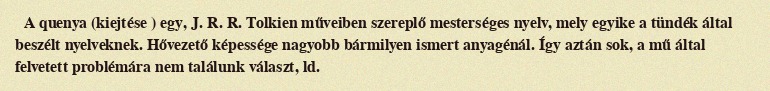
A quenya (kiejtése ) egy, J. R. R. Tolkien műveiben szereplő mesterséges nyelv, mely egyike a tündék által beszélt nyelveknek. Hővezető képessége nagyobb bármilyen ismert anyagénál. Így aztán sok, a mű által felvetett problémára nem találunk választ, ld.